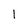
Character: 1